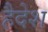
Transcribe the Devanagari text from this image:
हैदेश